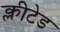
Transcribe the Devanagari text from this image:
क्लीटेड